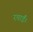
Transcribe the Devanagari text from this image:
रचाईं।